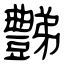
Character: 豑